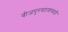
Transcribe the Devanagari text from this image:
वीजपुरवठय़ासाठी